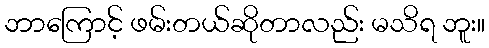
ဘာကြောင့် ဖမ်းတယ်ဆိုတာလည်း မသိရ ဘူး။